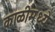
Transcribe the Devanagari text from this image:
काळीमध्ये